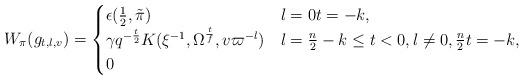
LaTeX: \begin{align*}W_{\pi}(g_{t,l,v}) = \begin{cases}\epsilon(\frac{1}{2},\tilde{\pi}) & l=0 t=-k,\\\gamma q^{-\frac{t}{2}}K(\xi^{-1},\Omega^{\frac{t}{f}},v\varpi^{-l}) &l=\frac{n}{2} -k \leq t<0, l\neq 0,\frac{n}{2} t= -k,\\0 &\end{cases} \end{align*}